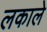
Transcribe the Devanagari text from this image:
लकाले